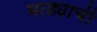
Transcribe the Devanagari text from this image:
भाड्याची